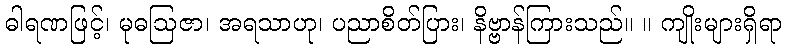
ဓါရဏဖြင့်၊ မုဓဩဇာ၊ အရသာဟု၊ ပညာစိတ်ပြား၊ နိဗ္ဗာန်ကြားသည်။ ။ ကျိုးများရှိရာ